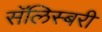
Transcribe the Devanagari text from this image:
सॅलिस्बरी